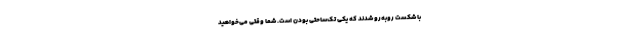
با شکست روبه‌رو شدند که یکی تک‌ساحتی بودن است. شما وقتی می‌خواهید